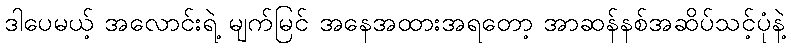
ဒါပေမယ့် အလောင်းရဲ့ မျက်မြင် အနေအထားအရတော့ အာဆန်နစ်အဆိပ်သင့်ပုံနဲ့